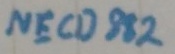
Text: NECD882